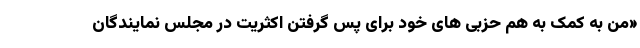
«من به کمک به هم حزبی های خود برای پس گرفتن اکثریت در مجلس نمایندگان